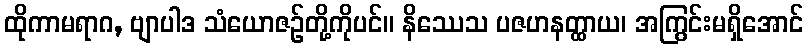
ထိုကာမရာဂ, ဗျာပါဒ သံယောဇဉ်တို့ကိုပင်။ နိဿေသ ပဇဟနတ္ထာယ၊ အကြွင်းမရှိအောင်